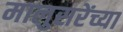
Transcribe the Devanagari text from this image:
मालुसरेंच्या